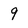
Character: 9